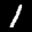
Label: 1